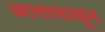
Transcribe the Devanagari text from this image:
आतापासून